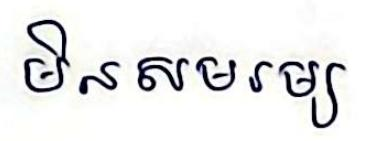
មិនសមរម្យ